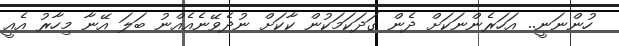
ހުންނަނީ.. އަހަރެންނަކަށް ދެން ގަދަކަމަކުން ކާކަށް ނުދެވޭނެއެއްނު ބަލަ އޭނާ މިހާރު އެއީ